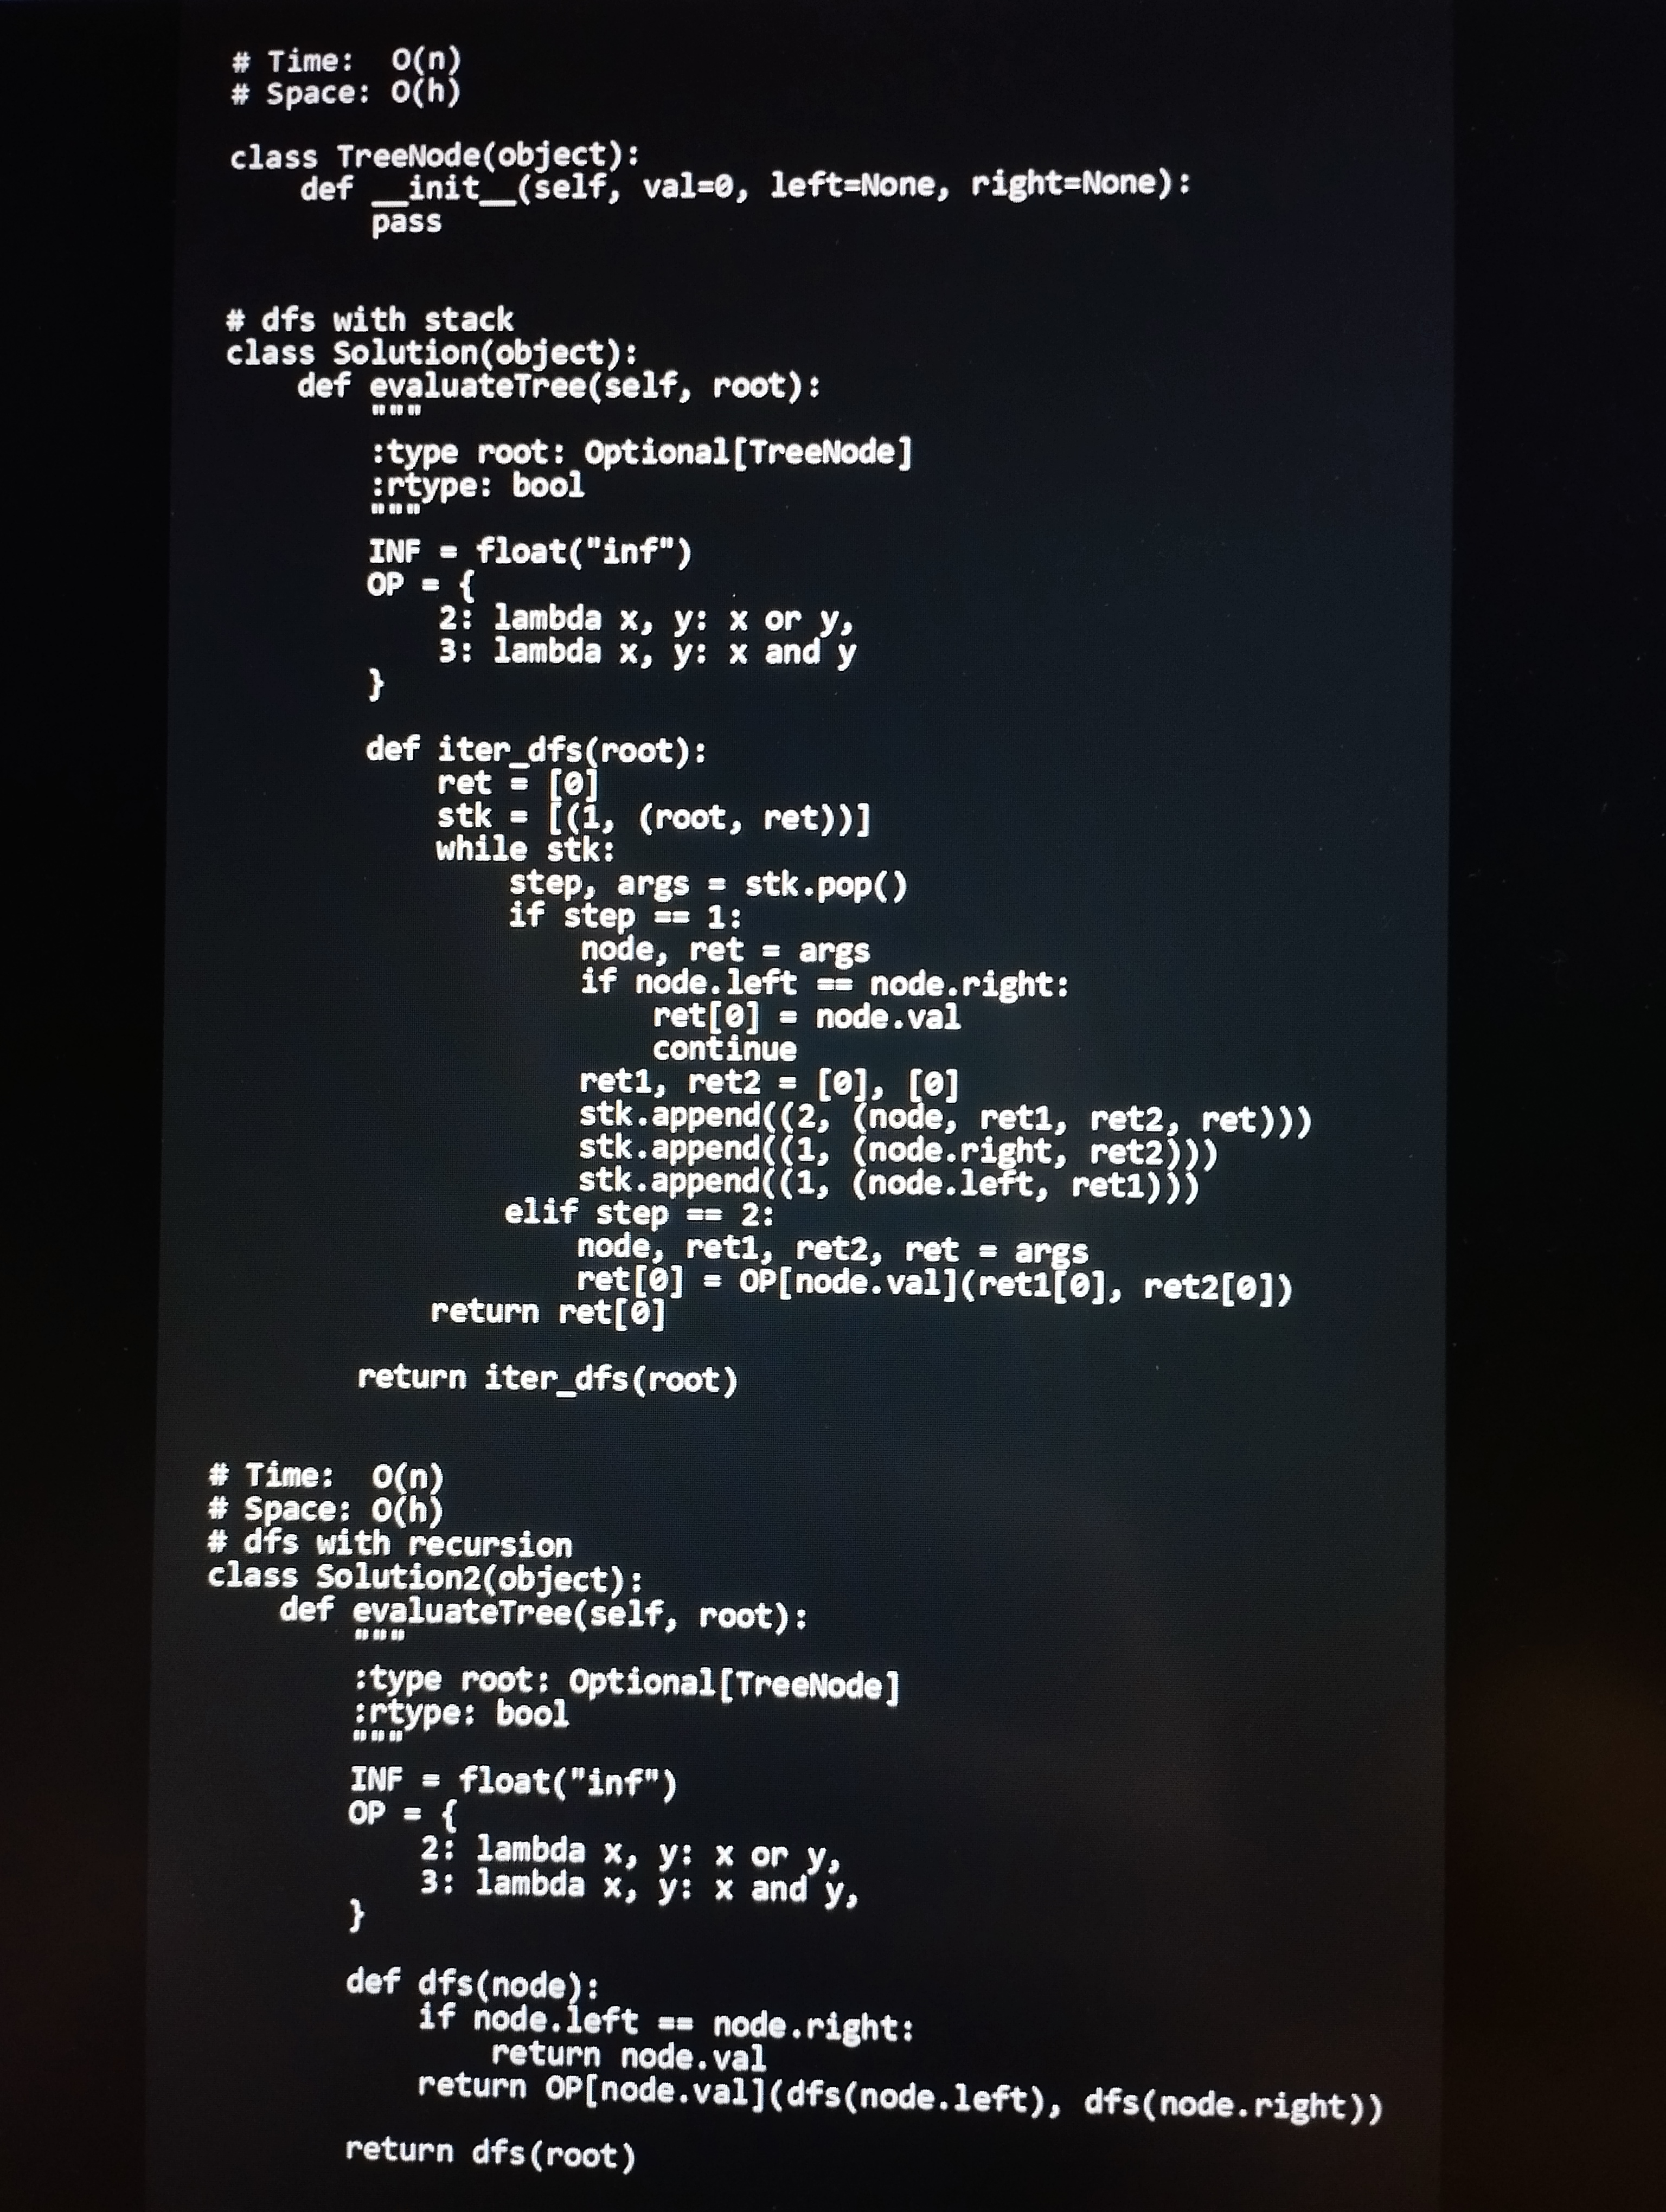
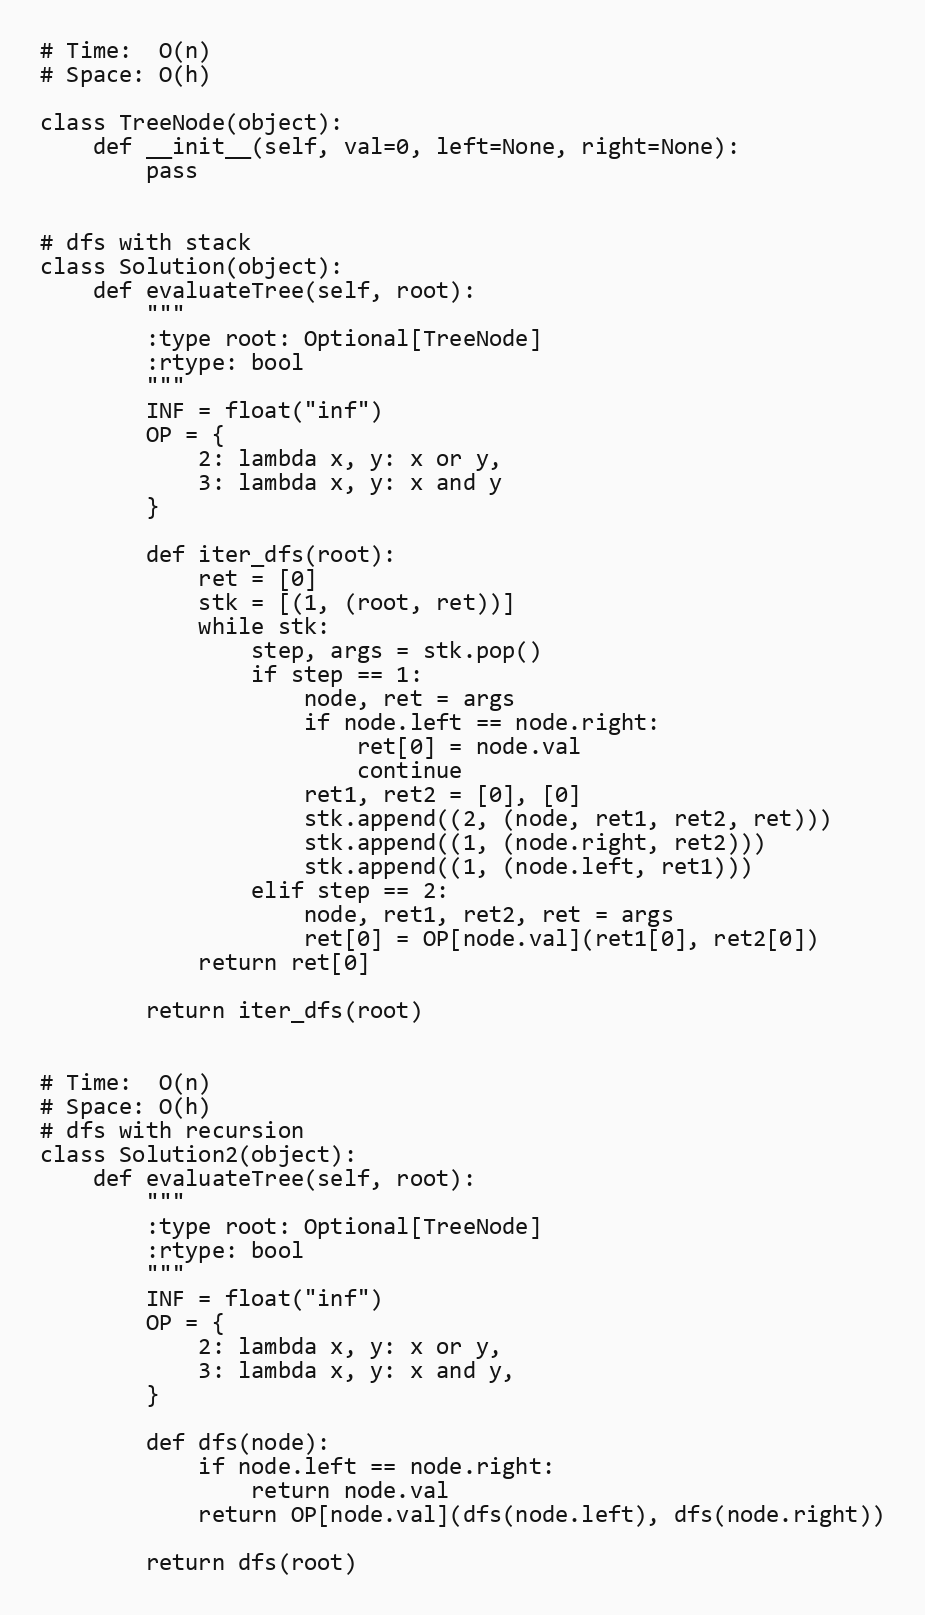
# Time:  O(n)
# Space: O(h)

class TreeNode(object):
    def __init__(self, val=0, left=None, right=None):
        pass

# dfs with stack
class Solution(object):
    def evaluateTree(self, root):
        """
        :type root: Optional[TreeNode]
        :rtype: bool
        """
        INF = float("inf")
        OP = {
            2: lambda x, y: x or y,
            3: lambda x, y: x and y
        }

        def iter_dfs(root):
            ret = [0]
            stk = [(1, (root, ret))]
            while stk:
                step, args = stk.pop()
                if step == 1:
                    node, ret = args
                    if node.left == node.right:
                        ret[0] = node.val
                        continue
                    ret1, ret2 = [0], [0]
                    stk.append((2, (node, ret1, ret2, ret)))
                    stk.append((1, (node.right, ret2)))
                    stk.append((1, (node.left, ret1)))
                elif step == 2:
                    node, ret1, ret2, ret = args
                    ret[0] = OP[node.val](ret1[0], ret2[0])
            return ret[0]

        return iter_dfs(root)

# Time:  O(n)
# Space: O(h)
# dfs with recursion
class Solution2(object):
    def evaluateTree(self, root):
        """
        :type root: Optional[TreeNode]
        :rtype: bool
        """
        INF = float("inf")
        OP = {
            2: lambda x, y: x or y,
            3: lambda x, y: x and y,
        }

        def dfs(node):
            if node.left == node.right:
                return node.val
            return OP[node.val](dfs(node.left), dfs(node.right))

        return dfs(root)